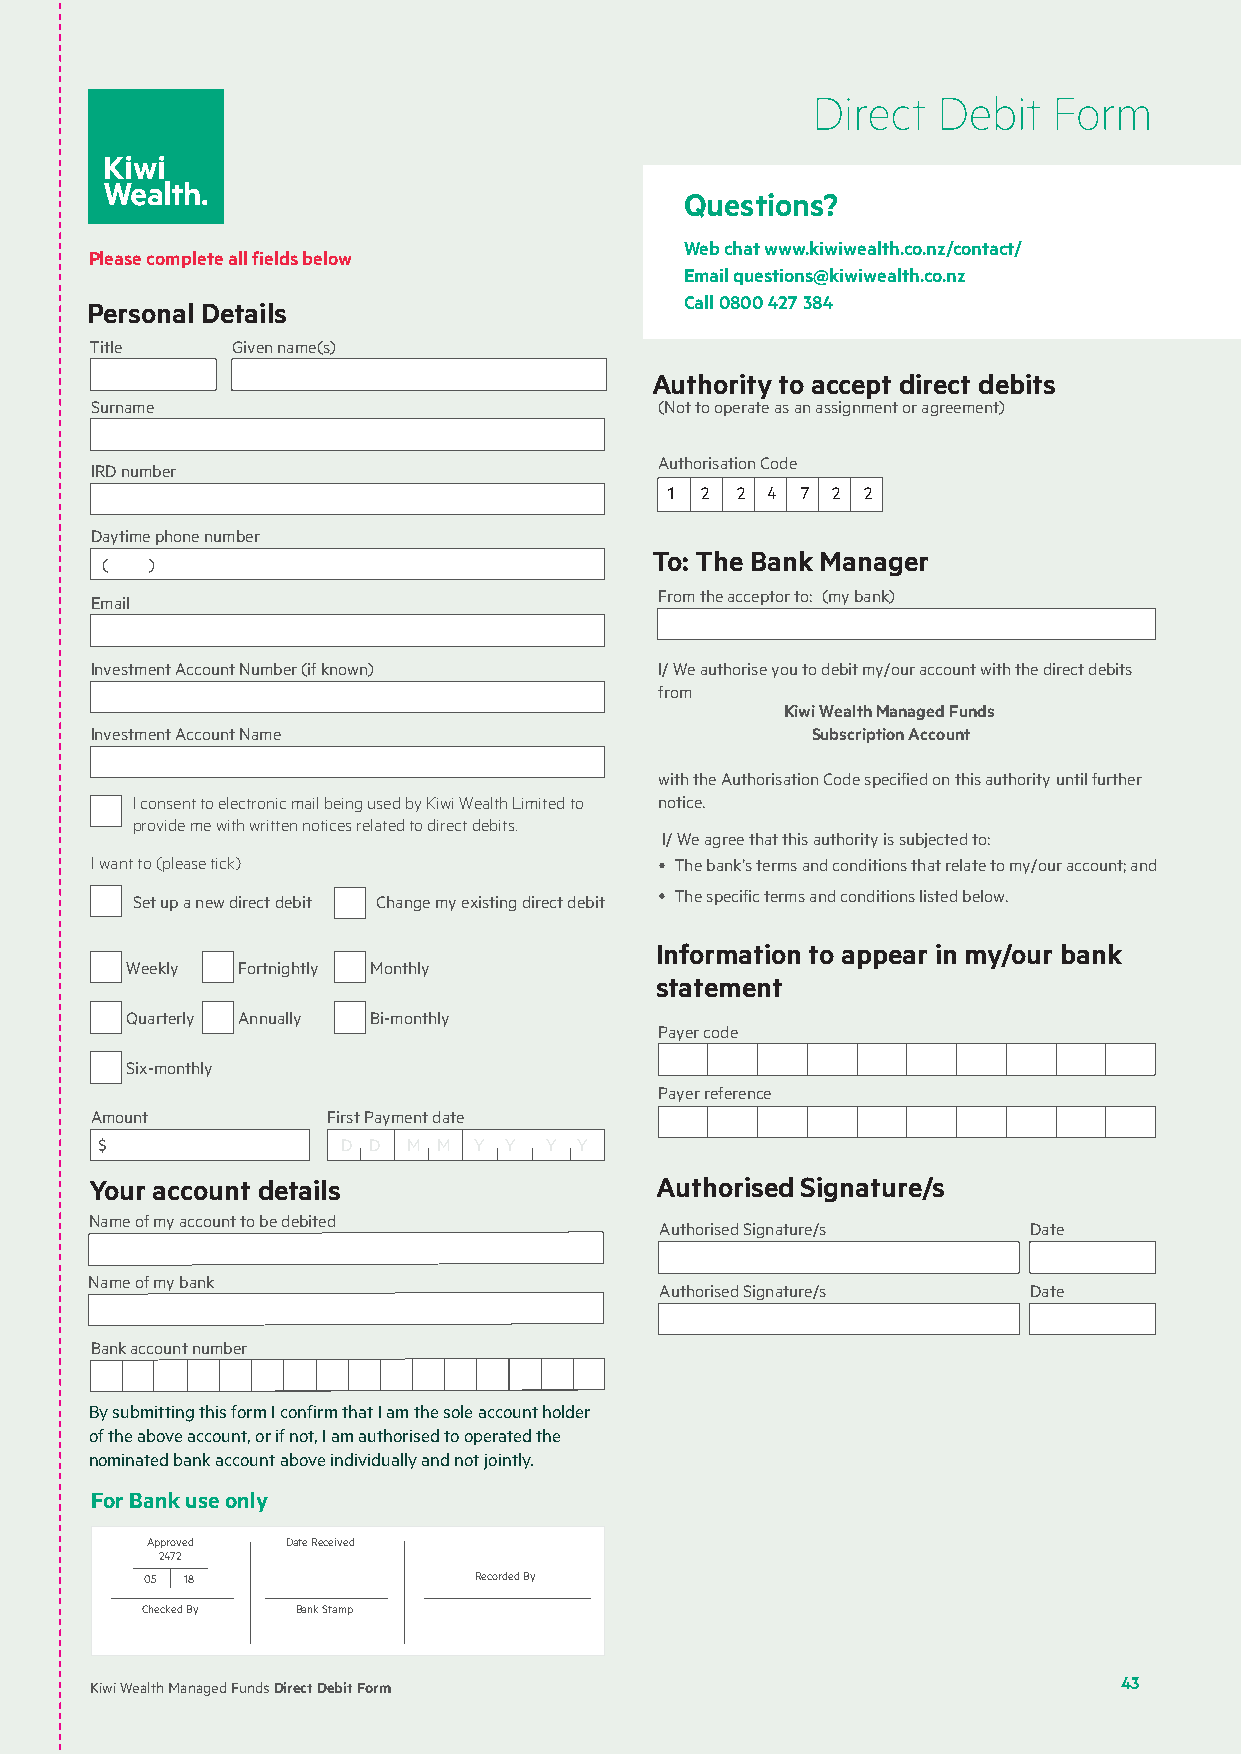
Direct  Debit   Form
 Questions?
 Web chat www.kiwiwealth.co.nz/contact/
 Please complete all fields below
 Email questions@kiwiwealth.co.nz
 Personal Details                       Call 0800 427 384
 Title    Given name(s)
 Authority to accept direct debits
 Surname                               (Not to operate as an assignment or agreement)
 Authorisation Code
 IRD number
 1 2  2 4 7 2 2
 Daytime phone number
 To: The Bank Manager
 (  )
 From the acceptor to: (my bank)
 Email
 Investment Account Number (if known)  I/ We authorise you to debit my/our account with the direct debits
 from
 Kiwi Wealth Managed Funds
 Investment Account Name                         Subscription Account
 with the Authorisation Code specified on this authority until further
 I consent to electronic mail being used by Kiwi Wealth Limited to notice.
 provide me with written notices related to direct debits.
 I/ We agree that this authority is subjected to:
 I want to (please tick)                The bank’s terms and conditions that relate to my/our account; and
 Set up a new direct debit Change my existing direct debit The specific terms and conditions listed below.
 Information to appear in my/our bank
 Weekly  Fortnightly Monthly
 statement
 Quarterly Annually Bi-monthly
 Payer code
 Six-monthly
 Payer reference
 Amount          First Payment date
 $                D D M M Y Y  Y Y
 Y our account details                Authorised Signature/s
 Name of my account to be debited
 Authorised Signature/s  Date
 Name of my bank
 Authorised Signature/s  Date
 Bank account number
 By submitting this form I confirm that I am the sole account holder
 of the above account, or if not, I am authorised to operated the
 nominated bank account above individually and not jointly.
 For Bank use only
 Approved Date Received
 2472
 05 18                Recorded By
 Checked By Bank Stamp
 Kiwi Wealth Managed Funds Direct Debit Form                         43